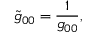
{ \tilde { g } _ { 0 0 } } = \frac { 1 } { \Huge g _ { 0 0 } } ,